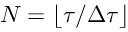
N = \lfloor \tau / \Delta \tau \rfloor